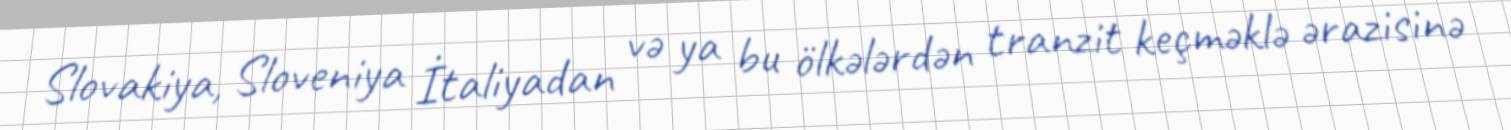
Slovakiya, Sloveniya İtaliyadan və ya bu ölkələrdən tranzit keçməklə ərazisinə